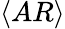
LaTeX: \langle AR\rangle